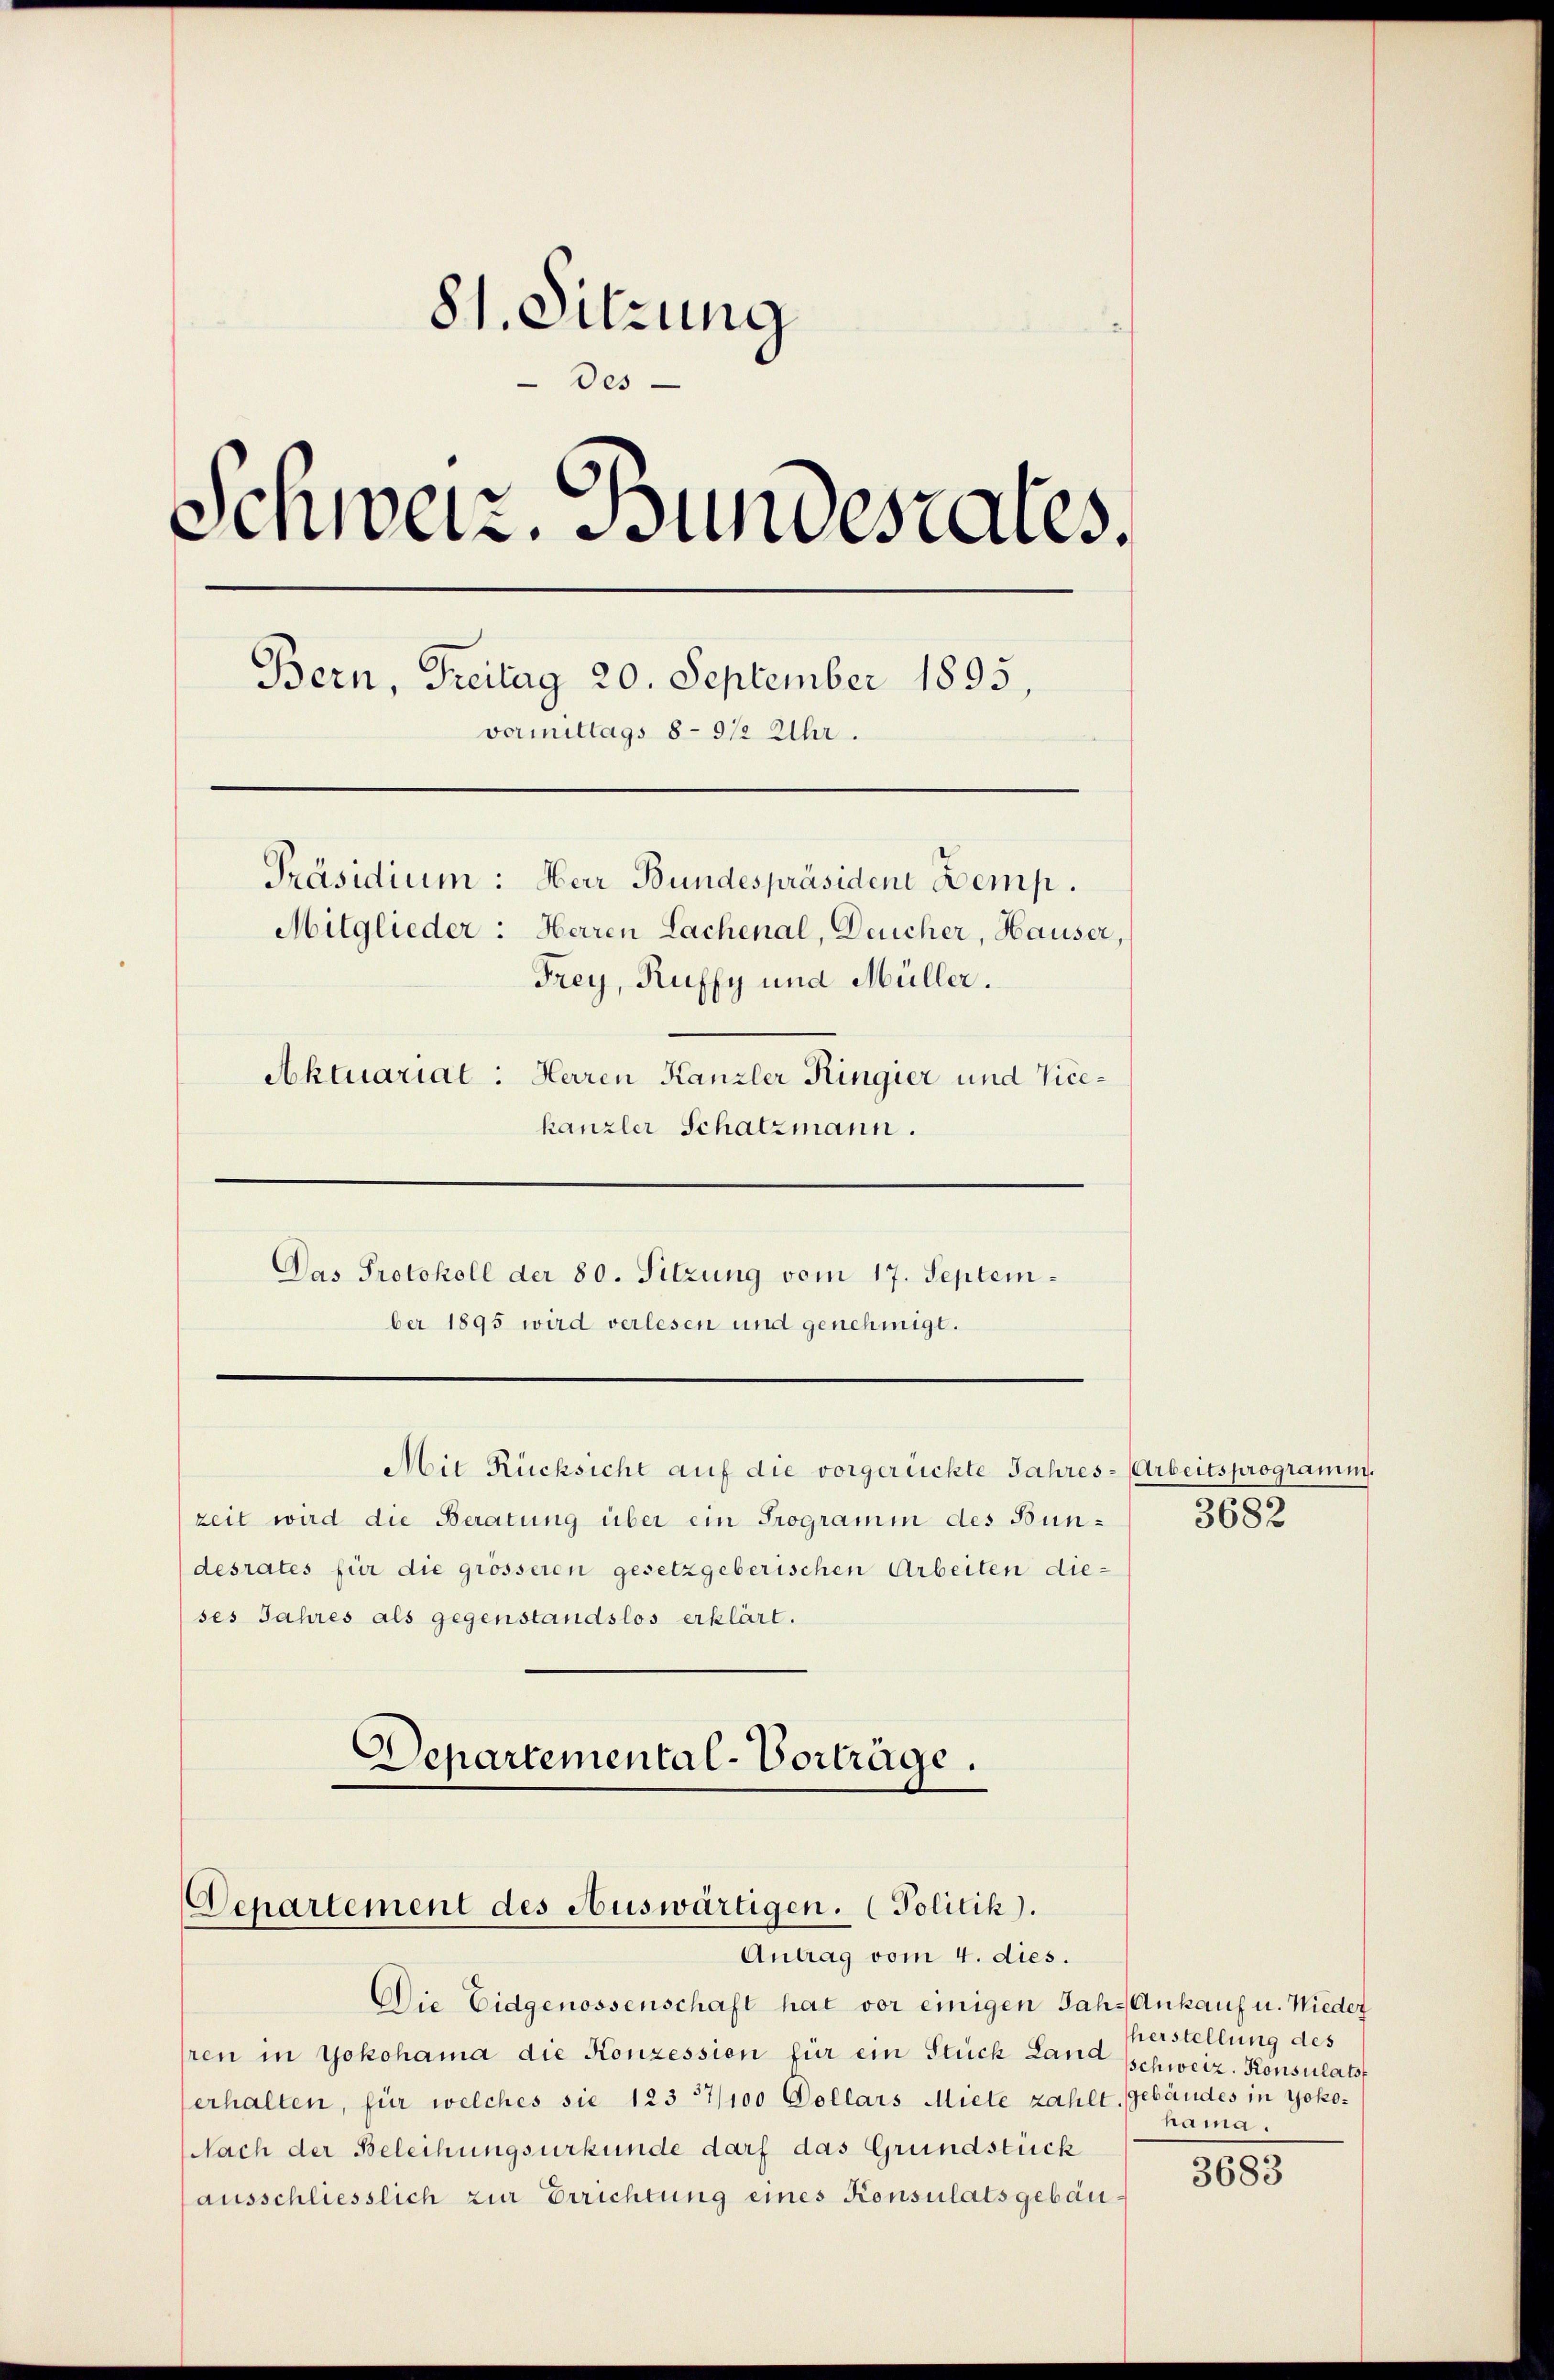
81. Sitzung
Des
Schweiz. Bundesrates.
Bern, Freitag 20. September 1895,
vormittags 8 - 9 1/2 Uhr.
Präsidium: Herr Bundespräsident Demp.
Mitglieder: Herren Lachenal, Deucher, Hauser,
Frey, Ruffy und Müller.
Aktuariat: Herren Kanzler Ringier und Vicekanzler Schatzmann.

ber 1895 wird verlesen und genehmigt.
Aie Rücksicht auf die vorgerückte Jahres-Arbeitsprogramm.
zeit wird die Beratung über ein Programm des Bundesrates für die grösseren gesetzgeberischen Arbeiten die-
ses Jahres als gegenstandslos erklärt.
Departemental-Vorträge.

Das Protokoll der 80. Sitzung vom 17. Septem¬

Departement des Auswärtigen. (Politik).
Antrag vom 4. dies.

Die Eidgenossenschaft hat vor einigen Jahr Ankauf u. Nieder
ren in Yokohama die Konzession für ein Stück Land schweiz. Konsulatsf
erhalten, für welches sie 1237/100 Dollars Miete zahlt. Gebäudes in Yoko¬
Nach der Beleihungsurkunde darf das Grundstück
ausschliesslich zur Errichtung eines Konsulatsgebäu¬

3682

herstellung des
hama.

3683